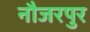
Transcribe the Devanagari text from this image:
नौजरपुर